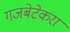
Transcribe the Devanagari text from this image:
गजबेटेकरा